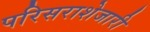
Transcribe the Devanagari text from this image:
परिसराशेजारी